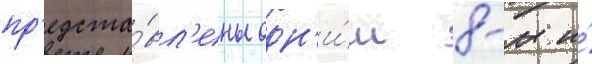
пр'едста́вл'ены одн'и́м 8-м и́